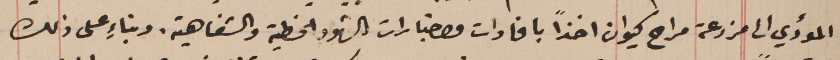
المؤدي الى مزرعة مراح كيوان اخذاً بافادات واخبارات الشهود الخطية والشفاهية. وبناءٍ على ذلك